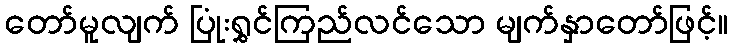
တော်မူလျက် ပြုံးရွှင်ကြည်လင်သော မျက်နှာတော်ဖြင့်။